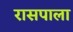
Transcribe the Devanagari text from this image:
रासपाला